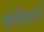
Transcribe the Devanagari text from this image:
पोलीगारों